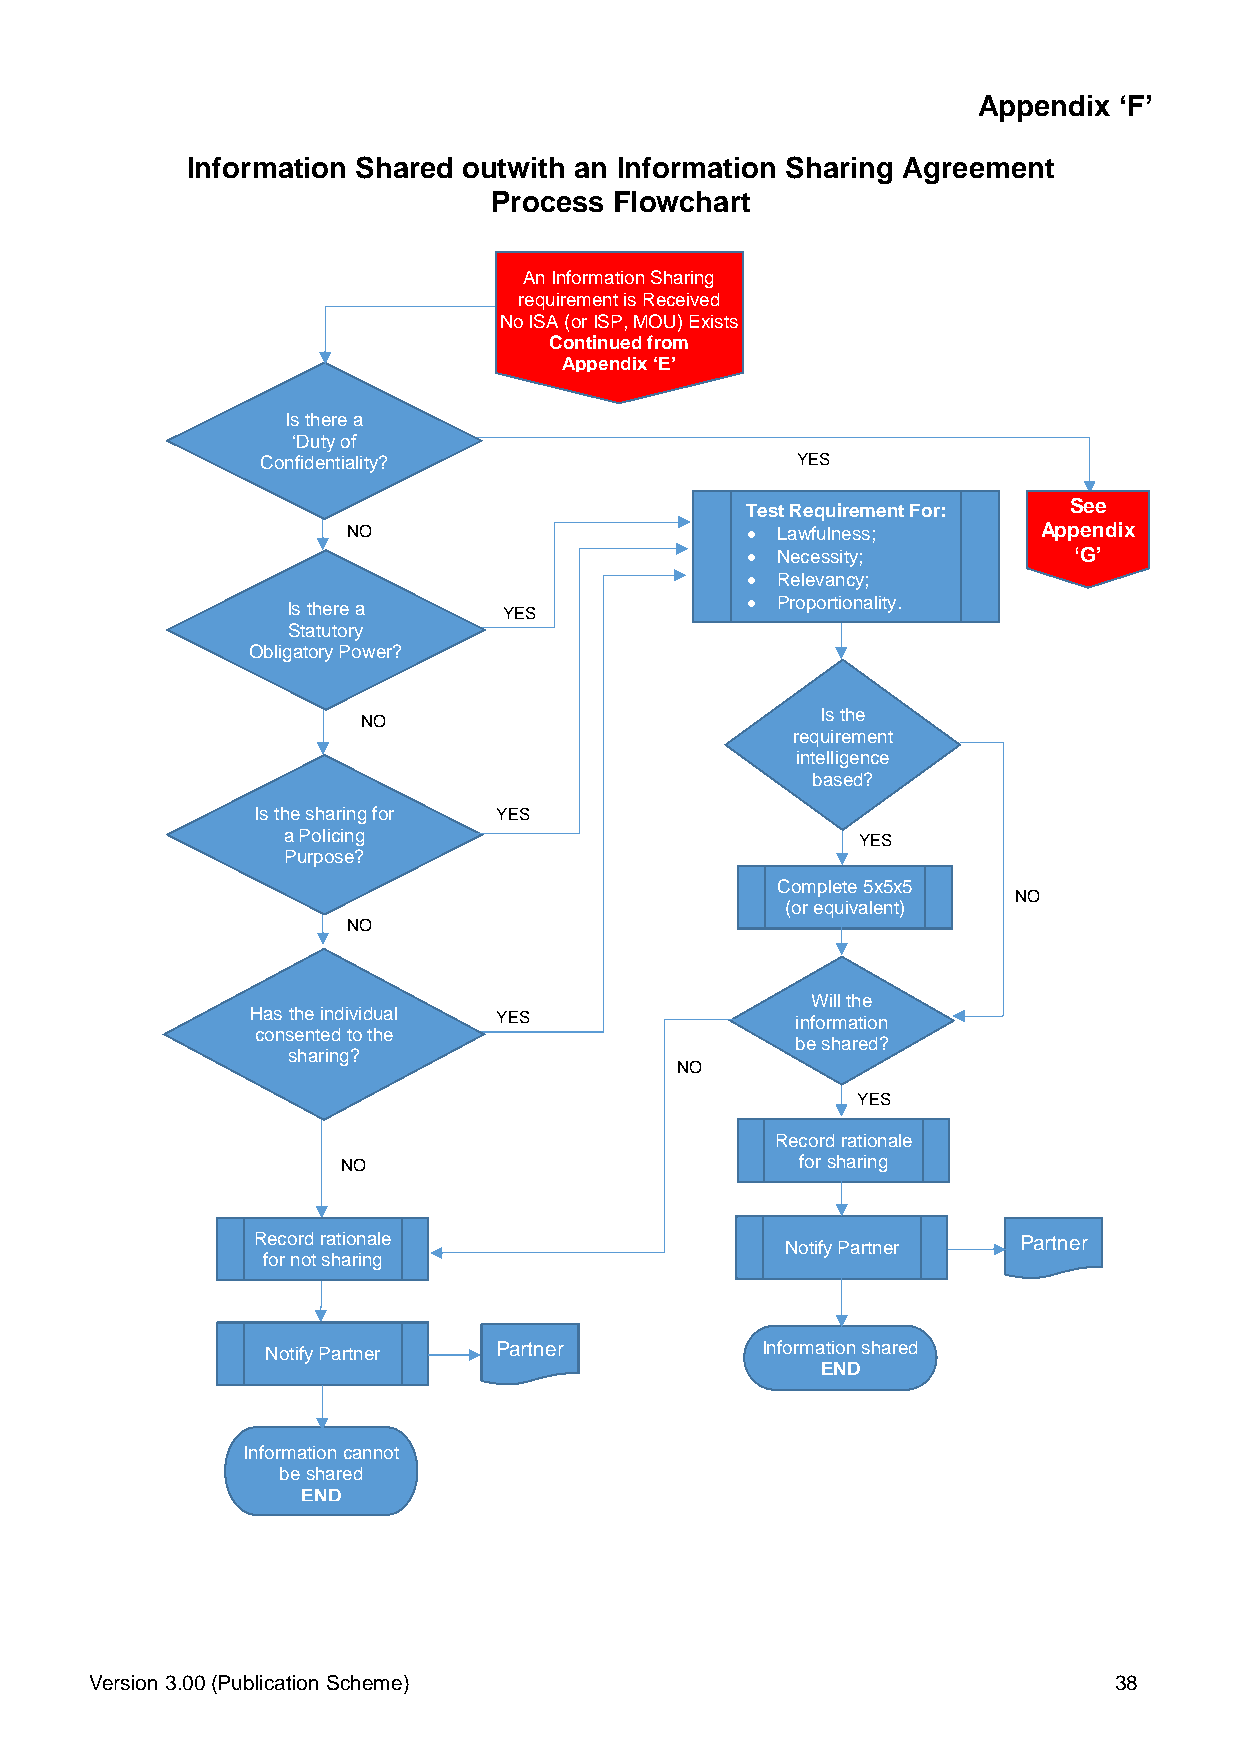
Appendix ‘F’
 Information Shared outwith an Information Sharing Agreement
 Process  Flowchart
 An Information Sharing
 requirement is Received
 No ISA (or ISP, MOU) Exists
 Continued from
 Appendix ‘E’
 Is there a
 ‘Duty of
 Confidentiality?                    YES
 Test Requirement For: See
 NO                         Lawfulness;       Appendix
  Necessity;          ‘G’
  Relevancy;
  Proportionality.
 Is there a    YES
 Statutory
 Obligatory Power?
 Is the
 NO
 requirement
 intelligence
 based?
 Is the sharing for YES
 a Policing                            YES
 Purpose?
 Complete 5x5x5
 NO
 (or equivalent)
 NO
 Will the
 Has the individual YES              information
 consented to the
 be shared?
 sharing?
 NO
 YES
 Record rationale
 NO                            for sharing
 Record rationale                   Notify Partner Partner
 for not sharing
 Notify Partner Partner          Information shared
 END
 Information cannot
 be shared
 END
 Version 3.00 (Publication Scheme)                                   38